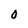
Character: 0